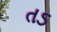
તડ